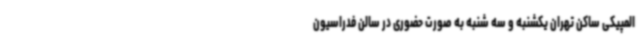
المپیکی ساکن تهران یکشنبه و سه شنبه به صورت حضوری در سالن فدراسیون